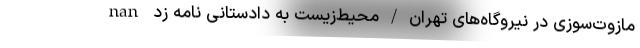
nan مازوت‌سوزی در نیروگاه‌های تهران/محیط‌زیست به دادستانی نامه زد